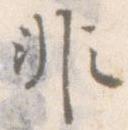
非